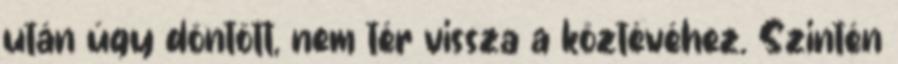
után úgy döntött, nem tér vissza a köztévéhez. Szintén